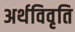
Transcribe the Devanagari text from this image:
अर्थविवृति